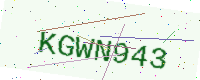
Text: KGWN943